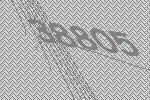
38805